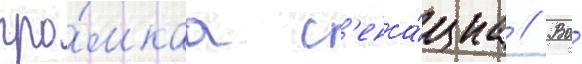
гро́мкаа с'енса́циа // Во́